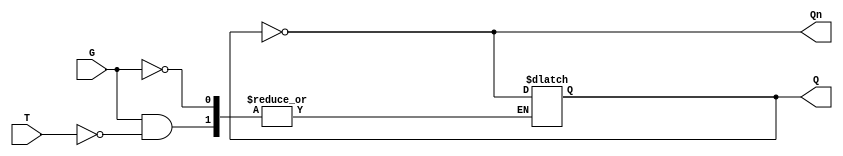
module Gated_T_Latch (
    input wire T,      // Toggle input
    input wire G,      // Gate/Enable signal
    output reg Q,      // Output
    output wire Qn     // Complement of Output
);

// Complement of Q
assign Qn = ~Q;

// Always block to define the behavior of the Gated T Latch
always @ (G or T) begin
    if (G) begin
        if (T) begin
            Q <= ~Q;  // Toggle Q
        end
        // If T is 0, Q remains unchanged
    end
    // If G is 0, Q remains unchanged
end

endmodule